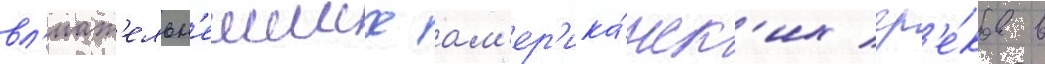
вл'иат'ельн'еиших ам'ер'ика́нск'их гр'е́ков в